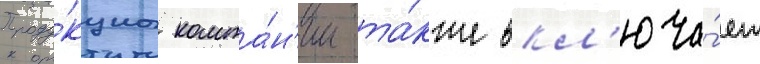
Проду́кциа компа́н'ии та́кже вкл'юча́ет